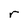
Character: r